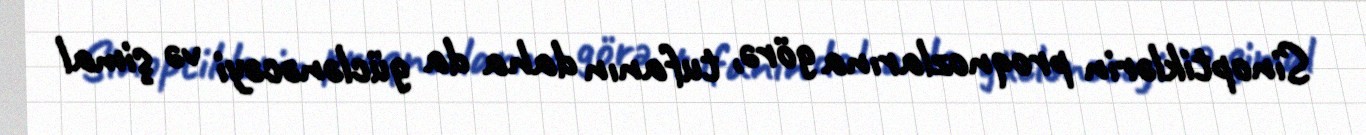
Sinoptiklərin proqnozlarına görə, tufanın daha da güclənəcəyi və şimal